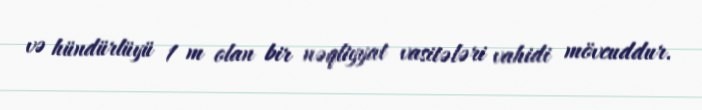
və hündürlüyü 1 m olan bir nəqliyyat vasitələri vahidi mövcuddur.